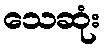
သေဆုံး